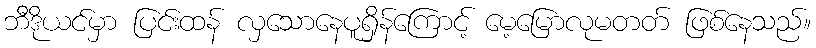
ဘီဒိုယင်မှာ ပြင်းထန် လှသောနေပူရှိန်ကြောင့် မေ့မြောလုမတတ် ဖြစ်နေသည်။